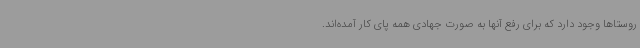
روستاها وجود دارد که برای رفع آنها به صورت جهادی همه پای کار آمده‌اند.